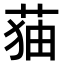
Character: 𦲥